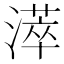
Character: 㵏